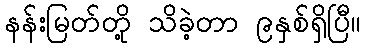
နန်းမြတ်တို့ သိခဲ့တာ ၉နှစ်ရှိပြီ။